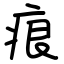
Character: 痕